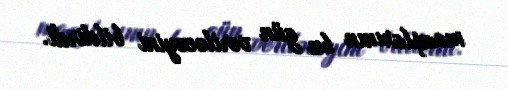
maaşlarının bu gün veriləcəyini bildirdi.